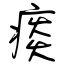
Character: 痰